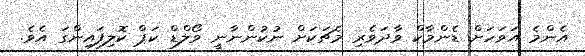
އެންމެ އަވަހަށް ޑެންމާކް ވާދަވެރި މެޗަކަށް ނުކުންނާނީ ވޯލްޑް ކަޕް ކޮލިފައިންގަ އެވެ.